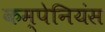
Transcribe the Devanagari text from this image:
कम्पेनियंस